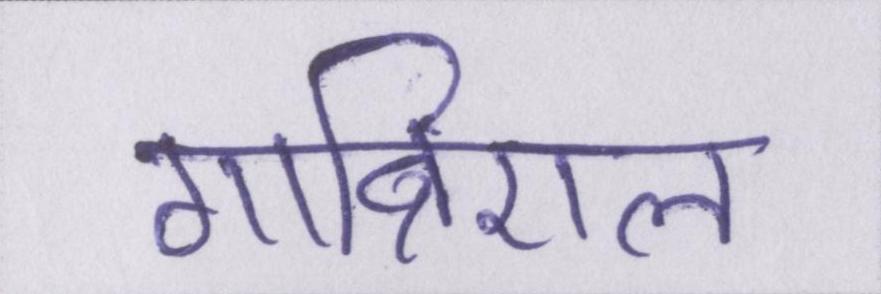
गाब्रिएल